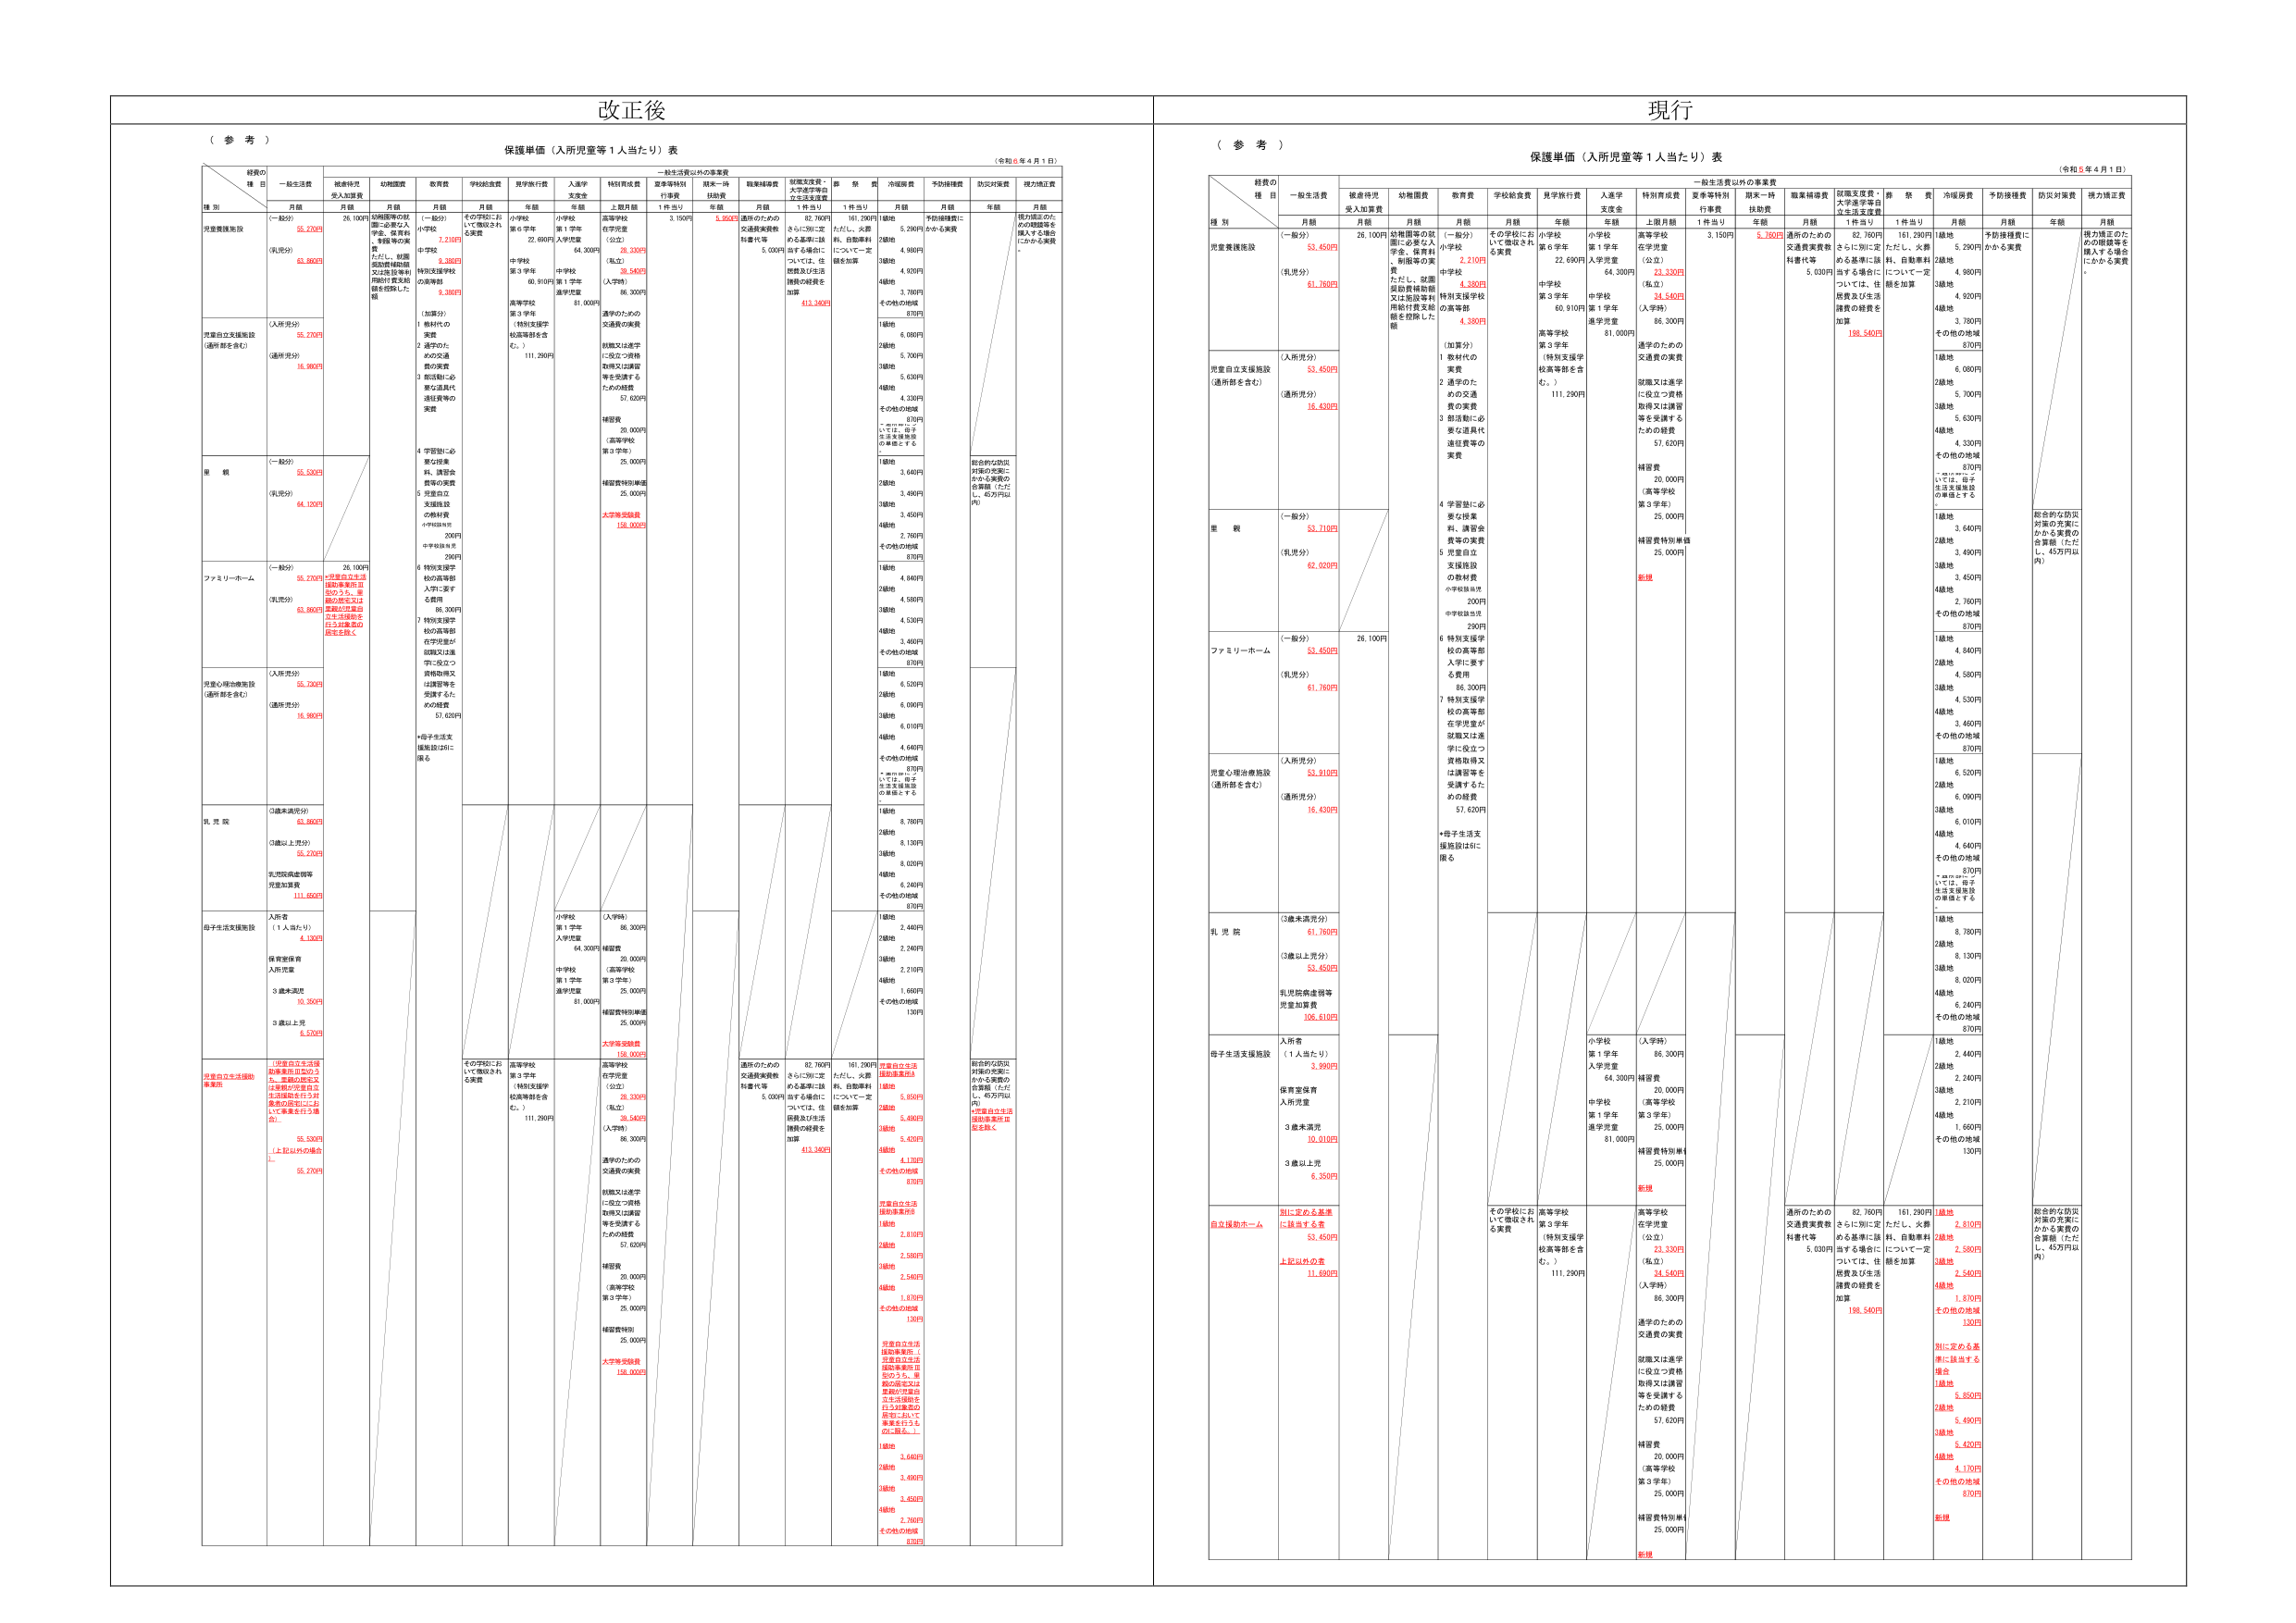
改正後
（参考）
保護単価（入所児童等1人当たり）表
（令和6年4月1日）
種別
経費の種目
一般生活費
被虐待児受入加算費
幼稚園費
教育費
学校給食費
見学旅行費
入通学支援金
特別育成費
夏季等特別行事費
期末一時扶助費
職業補導費
就職支援費・大学進学等自立支援支援費
葬祭費
冷暖房費
予防接種費
防災対策費
視力矯正費
月額
月額
月額
月額
月額
年額
年額
上限月額
1件当り
年額
月額
1件当り
月額
月額
年額
月額
児童養護施設
（一般分）
55,200円
（乳児分）
63,860円
26,100円
幼稚園等の就園に必要な入学者、保育料、制服等の実費
ただし、就園奨励費補助額又は生活費等利用給付費支給額を控除した額
（一般分）
7,210円
（乳児分）
9,380円
その学校において徴収される実費
小学校
第1学年
22,690円
小学校
第1学年
入学児童
64,300円
高等学校
在学児童
（公立）
38,540円
（私立）
39,540円
（入学時）
86,300円
通学のための交通費の実費
就職又は進学に役立つ資格取得又は講習等を受講するための経費
補習費
20,000円
（高等学校第3学年）
25,000円
補習費特別単価
25,000円
大学等受験費
198,000円
3,150円
5,350円
通所のための交通費実費飲料費代等
5,030円
82,760円
181,290円
ただし、火葬料、自動車料について一定額を加算
予防接種費にかかる実費
視力矯正のための眼鏡等を購入する場合にかかる実費
児童自立支援施設（通所部を含む）
（入所児分）
55,200円
（通所児分）
16,980円
（加算分）
1 教材代の実費
2 通学のための交通費等の実費
3 部活動に必要な道具代通信費等の実費
高等学校（特別支援学校高等部を含む。）
111,290円
里親
（一般分）
55,500円
（乳児分）
64,100円
4 学習塾に必要な授業料、講習会費等の実費
5 児童自立支援施設の教材費
中学校該当児
200円
中学校該当児
290円
6 特別支援学校の高等部入学に要する費用
86,300円
7 特別支援学校の高等部在学児童が就職又は進学に役立つ資格取得又は講習等を受講するための経費
*母子生活支援施設は5に係る
ファミリーホーム
（一般分）
55,200円
（乳児分）
63,860円
26,100円
※児童自立支援施設事業法第30の3号、第30の3号の2、第30の3号の3に規定する児童自立支援施設の指定を受ける
児童心理治療施設（通所部を含む）
（入所児分）
55,200円
（通所児分）
16,980円
乳児院
3歳未満児分）
63,860円
3歳以上児分）
55,200円
乳児院病虚弱等児童加算費
111,650円
母子生活支援施設
入所者
（1人当たり）
4,130円
保育室保育入所児童
3歳未満児
10,360円
3歳以上児
6,330円
児童自立支援施設事業所
（児童自立支援
制度運用法第30の3号、第30の3号の2又は第30の3号の3に規定する児童自立支援施設を併設する場合に限る。）
55,500円
（上記以外の場合は、）
55,200円
その学校において徴収される実費
高等学校
第3学年
（特別支援学校高等部を含む。）
111,290円
通学のための交通費の実費
就職又は進学に役立つ資格取得又は講習等を受講するための経費
補習費
20,000円
（高等学校第3学年）
25,000円
補習費特別単価
25,000円
大学等受験費
198,000円
通所のための交通費実費飲料費代等
5,030円
82,760円
181,290円
ただし、火葬料、自動車料について一定額を加算
児童自立支援施設事業法第30の3号、第30の3号の2、第30の3号の3に規定する児童自立支援施設の指定を受ける
※児童自立支援施設事業法第30の3号、第30の3号の2、第30の3号の3に規定する児童自立支援施設の指定を受ける場合に限る。
総合的な防災対策の充実にかかる実費の合算額（ただし、45万円以内）
現行
（参考）
保護単価（入所児童等1人当たり）表
（令和5年4月1日）
種別
経費の種目
一般生活費
被虐待児受入加算費
幼稚園費
教育費
学校給食費
見学旅行費
入通学支援金
特別育成費
一般生活費以外の事業費
夏季等特別行事費
期末一時扶助費
職業補導費
就職支援費・大学進学等自立支援支援費
葬祭費
冷暖房費
予防接種費
防災対策費
視力矯正費
月額
月額
月額
月額
月額
年額
年額
上限月額
1件当り
年額
月額
1件当り
月額
月額
年額
月額
児童養護施設
（一般分）
53,450円
（乳児分）
61,760円
26,100円
幼稚園等の就園に必要な入学者、保育料、制服等の実費
ただし、就園奨励費補助額又は施設等利用給付費支給額を控除した額
（一般分）
2,210円
（乳児分）
4,380円
その学校において徴収される実費
小学校
第6学年
22,690円
小学校
第1学年
入学児童
64,300円
高等学校
在学児童
（公立）
23,330円
（私立）
34,540円
（入学時）
86,300円
通学のための交通費の実費
就職又は進学に役立つ資格取得又は講習等を受講するための経費
補習費
20,000円
（高等学校第3学年）
25,000円
補習費特別単価
25,000円
新規
3,150円
5,350円
通所のための交通費実費飲料費代等
5,030円
82,760円
181,290円
ただし、火葬料、自動車料について一定額を加算
予防接種費にかかる実費
視力矯正のための眼鏡等を購入する場合にかかる実費
児童自立支援施設（通所部を含む）
（入所児分）
53,450円
（通所児分）
16,430円
（加算分）
1 教材代の実費
2 通学のための交通費の実費
3 部活動に必要な道具代通信費等の実費
高等学校（特別支援学校高等部を含む。）
111,290円
里親
（一般分）
53,710円
（乳児分）
62,020円
4 学習塾に必要な授業料、講習会費等の実費
5 児童自立支援施設の教材費
中学校該当児
200円
中学校該当児
290円
6 特別支援学校の高等部入学に要する費用
86,300円
7 特別支援学校の高等部在学児童が就職又は進学に役立つ資格取得又は講習等を受講するための経費
*母子生活支援施設は5に係る
ファミリーホーム
（一般分）
53,450円
（乳児分）
61,760円
26,100円
児童心理治療施設（通所部を含む）
（入所児分）
53,810円
（通所児分）
16,430円
乳児院
3歳未満児分）
61,760円
3歳以上児分）
53,450円
乳児院病虚弱等児童加算費
106,810円
母子生活支援施設
入所者
（1人当たり）
3,990円
保育室保育入所児童
3歳未満児
10,010円
3歳以上児
6,350円
自立援助ホーム
別に定める基準に該当する者
53,450円
上記以外の者
111,680円
その学校において徴収される実費
高等学校
第3学年
（特別支援学校高等部を含む。）
111,290円
小学校
第1学年
入学児童
64,300円
（入学時）
86,300円
補習費
20,000円
（高等学校第3学年）
25,000円
補習費特別単価
25,000円
新規
高等学校
在学児童
（公立）
23,330円
（私立）
34,540円
（入学時）
86,300円
通学のための交通費の実費
就職又は進学に役立つ資格取得又は講習等を受講するための経費
補習費
20,000円
（高等学校第3学年）
25,000円
補習費特別単価
25,000円
新規
通所のための交通費実費飲料費代等
5,030円
82,760円
181,290円
ただし、火葬料、自動車料について一定額を加算
1歳他
2,810円
2歳他
2,580円
3歳他
2,540円
4歳他
1,870円
その他の地域
130円
別に定める基準に該当する場合
1歳他
5,850円
2歳他
5,490円
3歳他
3,420円
4歳他
4,170円
その他の地域
870円
新規
総合的な防災対策の充実にかかる実費の合算額（ただし、45万円以内）